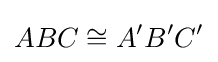
ABC\cong A'B'C'